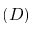
( D )